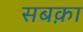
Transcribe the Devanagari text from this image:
सबक़ा